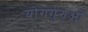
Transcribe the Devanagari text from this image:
योगगुरुओं